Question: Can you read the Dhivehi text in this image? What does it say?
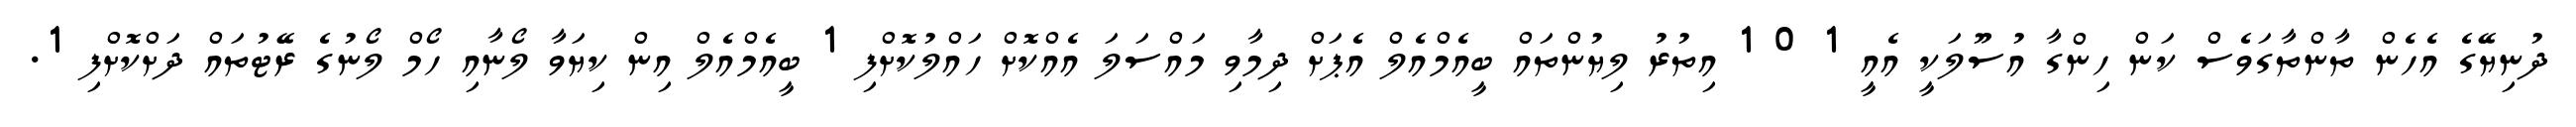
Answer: ދުނިޔޭގެ އެހެން ތާންތާގަވެސް ކަން ހިންގާ އުސޫލަކީ އެއީ 1 0 1 އިތުރު ލިޔުންތައް ބީއެމްއެލް އެޕަށް ދިމާވި މައްސަލަ އެއްކޮށް ހައްލުކޮށްފި 1 ބީއެމްއެލް އިން ކިޔަވާ ލޯނާއި ހޯމް ލޯނުގެ ރޭޓުތައް ދަށްކޮށްފި 1.